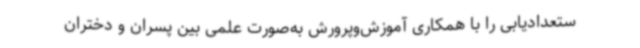
ستعدادیابی را با همکاری آموزش‌وپرورش به‌صورت علمی بین پسران و دختران